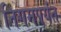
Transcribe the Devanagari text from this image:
निगमपर्यंत